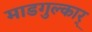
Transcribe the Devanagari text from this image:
माडगुल्कार्